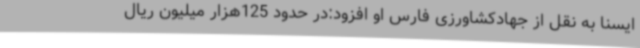
ایسنا به نقل از جهادکشاورزی فارس او افزود:در حدود 125هزار میلیون ریال